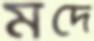
মদে